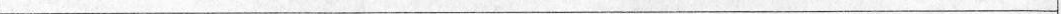
___